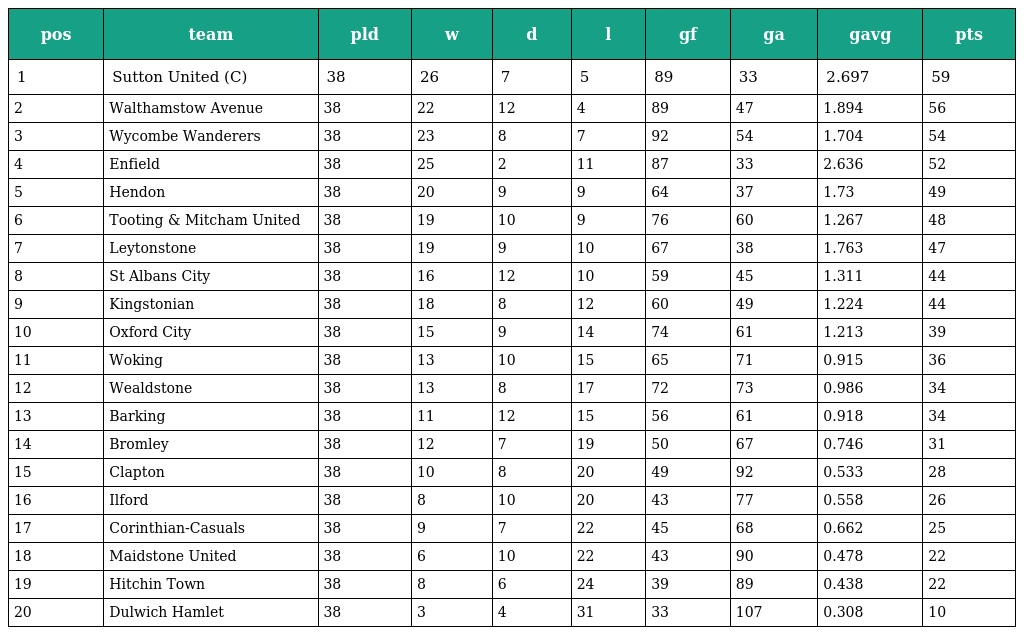
| pos | team | pld | w | d | l | gf | ga | gavg | pts |
 | --- | --- | --- | --- | --- | --- | --- | --- | --- | --- |
 | 1 | Sutton United (C) | 38 | 26 | 7 | 5 | 89 | 33 | 2.697 | 59 |
 | 2 | Walthamstow Avenue | 38 | 22 | 12 | 4 | 89 | 47 | 1.894 | 56 |
 | 3 | Wycombe Wanderers | 38 | 23 | 8 | 7 | 92 | 54 | 1.704 | 54 |
 | 4 | Enfield | 38 | 25 | 2 | 11 | 87 | 33 | 2.636 | 52 |
 | 5 | Hendon | 38 | 20 | 9 | 9 | 64 | 37 | 1.73 | 49 |
 | 6 | Tooting & Mitcham United | 38 | 19 | 10 | 9 | 76 | 60 | 1.267 | 48 |
 | 7 | Leytonstone | 38 | 19 | 9 | 10 | 67 | 38 | 1.763 | 47 |
 | 8 | St Albans City | 38 | 16 | 12 | 10 | 59 | 45 | 1.311 | 44 |
 | 9 | Kingstonian | 38 | 18 | 8 | 12 | 60 | 49 | 1.224 | 44 |
 | 10 | Oxford City | 38 | 15 | 9 | 14 | 74 | 61 | 1.213 | 39 |
 | 11 | Woking | 38 | 13 | 10 | 15 | 65 | 71 | 0.915 | 36 |
 | 12 | Wealdstone | 38 | 13 | 8 | 17 | 72 | 73 | 0.986 | 34 |
 | 13 | Barking | 38 | 11 | 12 | 15 | 56 | 61 | 0.918 | 34 |
 | 14 | Bromley | 38 | 12 | 7 | 19 | 50 | 67 | 0.746 | 31 |
 | 15 | Clapton | 38 | 10 | 8 | 20 | 49 | 92 | 0.533 | 28 |
 | 16 | Ilford | 38 | 8 | 10 | 20 | 43 | 77 | 0.558 | 26 |
 | 17 | Corinthian-Casuals | 38 | 9 | 7 | 22 | 45 | 68 | 0.662 | 25 |
 | 18 | Maidstone United | 38 | 6 | 10 | 22 | 43 | 90 | 0.478 | 22 |
 | 19 | Hitchin Town | 38 | 8 | 6 | 24 | 39 | 89 | 0.438 | 22 |
 | 20 | Dulwich Hamlet | 38 | 3 | 4 | 31 | 33 | 107 | 0.308 | 10 |